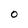
Character: O